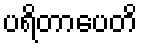
ပရိတာပေတိ